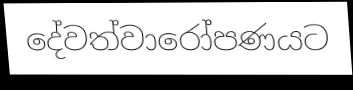
දේවත්වාරෝපණයට